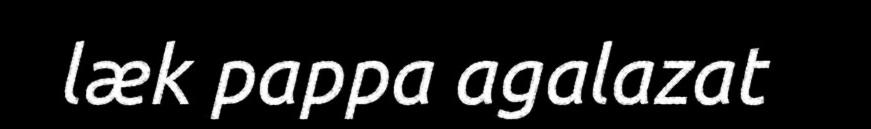
læk pappa agalazat